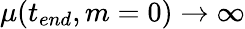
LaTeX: \mu(t_{end},m=0)\to\infty